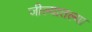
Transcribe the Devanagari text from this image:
जील्यातल्या